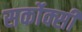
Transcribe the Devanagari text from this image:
सर्कोक्सी